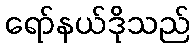
ရော်နယ်ဒိုသည်